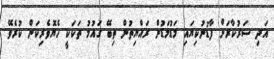
އަދި ސަރުކާރަށް ފާޑުނުކިޔައި މަޑުމަޑުން ރައްޔިތުން ތިބޭ ގައުމު ތަކަކީ ހެޔޮވެރިކަން ކުރެވޭ